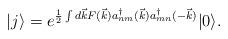
LaTeX: \begin{align*}|j \rangle = e^{\frac{1}{2} \int d\vec{k} F(\vec{k}) a^\dagger_{nm}(\vec{k}) a^\dagger_{mn}(-\vec{k})} |0 \rangle.\end{align*}